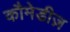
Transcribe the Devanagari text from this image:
कौमेडीज़